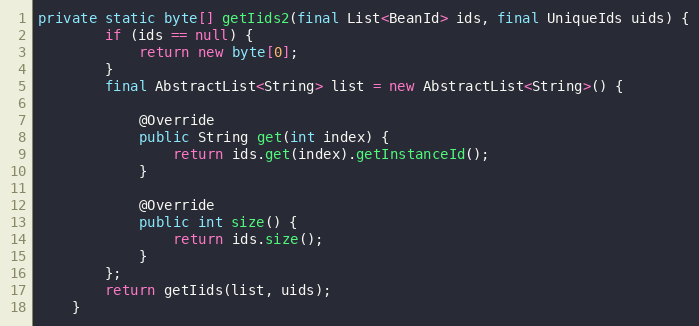
Language: Java
private static byte[] getIids2(final List<BeanId> ids, final UniqueIds uids) {
        if (ids == null) {
            return new byte[0];
        }
        final AbstractList<String> list = new AbstractList<String>() {

            @Override
            public String get(int index) {
                return ids.get(index).getInstanceId();
            }

            @Override
            public int size() {
                return ids.size();
            }
        };
        return getIids(list, uids);
    }